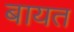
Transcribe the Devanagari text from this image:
बायत